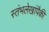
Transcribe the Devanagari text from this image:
स्तंभलेखांपैकी